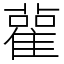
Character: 雚